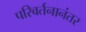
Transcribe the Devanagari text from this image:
परिवर्तनानंतर